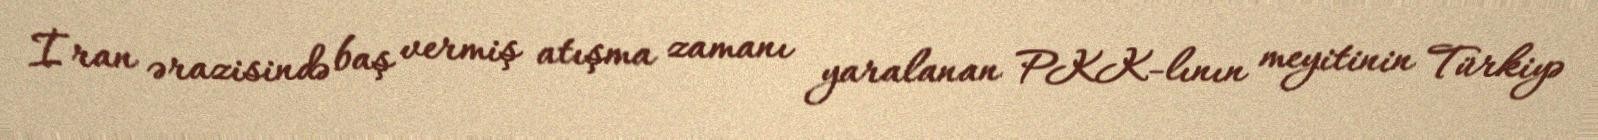
İran ərazisində baş vermiş atışma zamanı yaralanan PKK-lının meyitinin Türkiyə